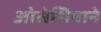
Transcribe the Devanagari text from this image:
ओसेशियाने